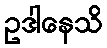
ဥဒါနေသိ